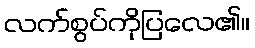
လက်စွပ်ကိုပြလေ၏။